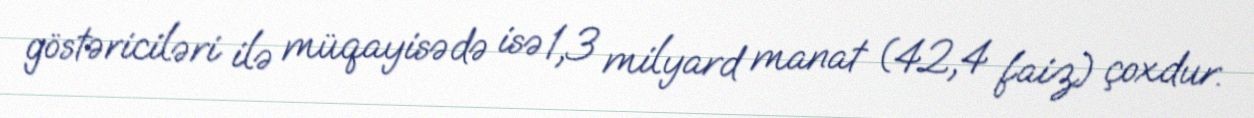
göstəriciləri ilə müqayisədə isə 1,3 milyard manat (42,4 faiz) çoxdur.